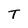
Character: T